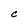
Character: c